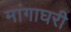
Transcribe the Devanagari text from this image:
मांगाघरी